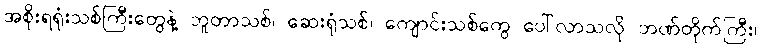
အစိုးရရုံးသစ်ကြီးတွေနဲ့ ဘူတာသစ်၊ ဆေးရုံသစ်၊ ကျောင်းသစ်တွေ ပေါ်လာသလို ဘဏ်တိုက်ကြီး၊